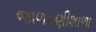
જાળવણીશાળા